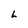
Character: L